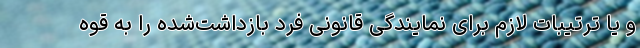
و یا ترتیبات لازم برای نمایندگی قانونی فرد بازداشت‌شده را به قوه